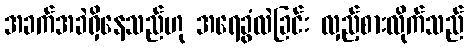
အခက်အခဲရှိနေသည်ဟု အရေခွံလဲခြင်း လှည့်စားလိုက်သည်